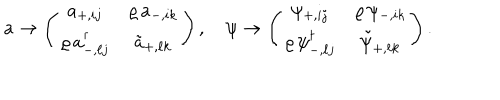
a \rightarrow \left( \begin{matrix} { { a _ { + , i j } } } & { { \varrho \, a _ { - , i k } } } \\ { { \varrho \, a _ { - , \ell j } ^ { \dagger } } } & { { \tilde { a } _ { + , \ell k } } } \\ \end{matrix} \right) , \quad \psi \rightarrow \left( \begin{matrix} { { \psi _ { + , i j } } } & { { \varrho \, \psi _ { - , i k } } } \\ { { \varrho \, \psi _ { - , \ell j } ^ { \dagger } } } & { { \tilde { \psi } _ { + , \ell k } } } \\ \end{matrix} \right) .